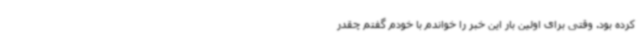
کرده بود. وقتی برای اولین بار این خبر را خواندم با خودم گفتم چقدر